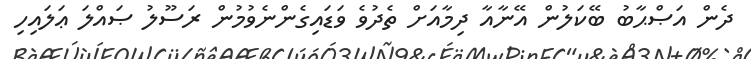
ދެން އަޞްޙާބު ބޭކަލުން އޭނާއާ ދިމާއަށް ތެދުވެ ވަޑައިގެންނެވުމުން ރަސޫލު ޞައްލަ ޢަލައިހި